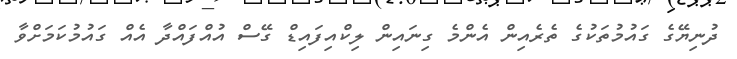
ދުނިޔޭގެ ގައުމުތަކުގެ ތެރެއިން އެންމެ ގިނައިން ލިކްއިފަައިޑް ގޭސް އުއްފައްދާ އެއް ގައުމުކަމަށްވާ